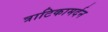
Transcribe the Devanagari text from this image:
त्राटिकामर्दन